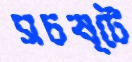
সচষ্টে